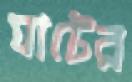
যাটের